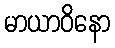
မာယာဝိနော